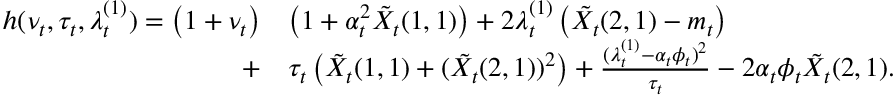
\begin{array} { r l } { h ( \nu _ { t } , \tau _ { t } , \lambda _ { t } ^ { ( 1 ) } ) = \left( 1 + \nu _ { t } \right) } & { \left( 1 + \alpha _ { t } ^ { 2 } \tilde { X } _ { t } ( 1 , 1 ) \right) + 2 \lambda _ { t } ^ { ( 1 ) } \left( \tilde { X } _ { t } ( 2 , 1 ) - m _ { t } \right) } \\ { + } & { \tau _ { t } \left( \tilde { X } _ { t } ( 1 , 1 ) + ( \tilde { X } _ { t } ( 2 , 1 ) ) ^ { 2 } \right) + \frac { ( \lambda _ { t } ^ { ( 1 ) } - \alpha _ { t } \phi _ { t } ) ^ { 2 } } { \tau _ { t } } - 2 \alpha _ { t } \phi _ { t } \tilde { X } _ { t } ( 2 , 1 ) . } \end{array}